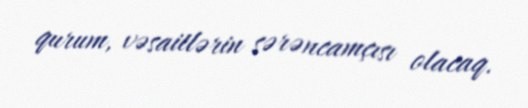
qurum, vəsaitlərin sərəncamçısı olacaq.